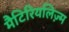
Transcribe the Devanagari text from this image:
मैटिरियलिज़्म